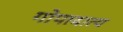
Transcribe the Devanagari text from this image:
गोपादात्य